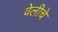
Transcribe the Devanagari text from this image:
वेलीचे